Report of the Indian Hemp Drugs Commission, 1894-1895 - Volume V
Year: 1894
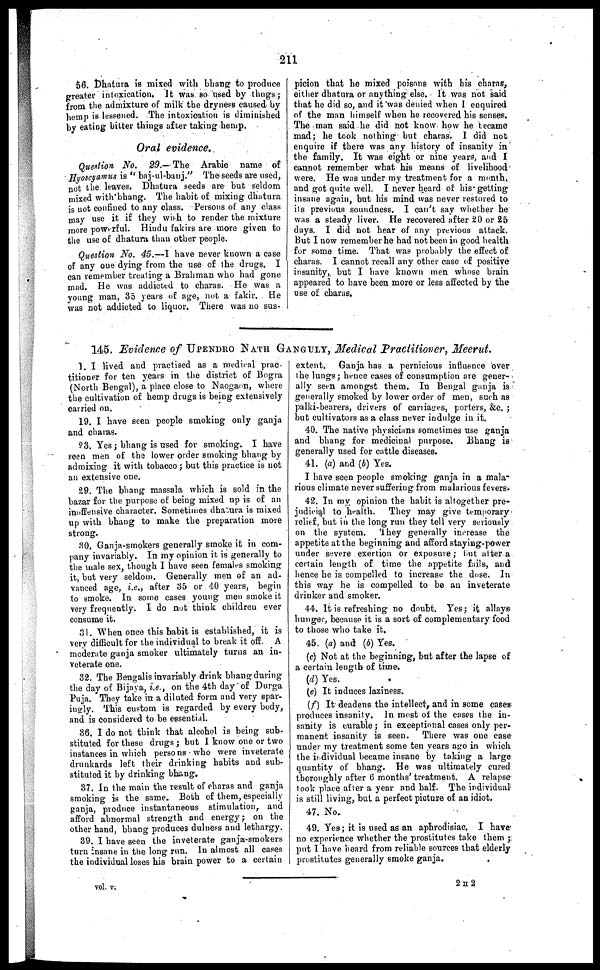
211
56. Dhatura is mixed with bhang to produce
greater intoxication. It was so used by thugs ;
from the admixture of milk the dryness caused by
hemp is lessened. The intoxication is diminished
by eating bitter things after taking hemp.
Oral evidence.
Question No. 29.—The
Arabic name of
Hyoscyamus is "baj-ul-banj." The seeds are used,
not the leaves. Dhatura seeds are but seldom
mixed with bhang. The habit of mixing dhatura
is not confined to any class. Persons of any class
may use it if they wish to render the mixture
more powerful. Hindu fakirs are more given to
the use of dhatura than other people.
Question No. 45.—I have never known a case
of any one dying from the use of the drugs. I
can remember treating a Brahman who had gone
mad. He was addicted to charas. He was a
young man, 35 years of age, not a fakir. He
was not addicted to liquor. There was no sus-
picion that he mixed poisons with his charas,
either dhatura or anything else. It was not said
that he did so, and it was denied when I enquired
of the man himself when he recovered his senses.
The man said he did not know how he became
mad ; he took nothing but charas. I did not
enquire if there was any history of insanity in
the family. It was eight or nine years, and I
cannot remember what his means of livelihood
were. He was under my treatment for a month,
and got quite well. I never heard of his getting
insane again, but his mind was never restored to
its previous soundness. I can't say whether he
was a steady liver. He recovered after 20 or 25
days. I did not hear of any previous attack.
But I now remember he had not been in good health
for some time. That was probably the effect of
charas. I cannot recall any other case of positive
insanity, but I have known men whose brain
appeared to have been more or less affected by the
use of charas.
145. Evidence of UPENDRO NATH GANGULY, Medical Practitioner, Meerut.
1. I lived and practised as a medical prac-
titioner for ten years in the district of Bogra
(North Bengal), a place close to Naogaon, where
the cultivation of hemp drugs is being extensively
carried on.
19. I have seen people smoking only ganja
and charas.
93. Yes ; bhang is used for smoking. I have
seen men of the lower order smoking bhang by
admixing it with tobacco ; but this practice is not
an extensive one.
29. The bhang massala which is sold in the
bazar for the purpose of being mixed up is of an
inoffensive character. Sometimes dhatura is mixed
up with bhang to make the preparation more
strong.
30. Ganja-smokers generally smoke it in com-
pany invariably. In my opinion it is generally to
the male sex, though I have seen females smoking
it, but very seldom. Generally men of an ad-
vanced age, i.e., after 35 or 40 years, begin
to smoke. In some eases young men smoke it
very frequently. I do not think children ever
consume it.
31. When once this habit is established, it is
very difficult for the individual to break it off. A
moderate ganja smoker ultimately turns an in-
veterate one.
32. The Bengalis invariably drink bhang during
the day of Bijaya, i.e., on the 4th day of Durga
Puja. They take in a diluted form and very spar-
ingly. This custom is regarded by every body,
and is considered to be essential.
36. I do not think that alcohol is being sub-
stituted for these drugs ; but I know one or two
instances in which persons who were inveterate
drunkards left their drinking habits and sub-
stituted it by drinking bhang.
37. In the main the result of charas and ganja
smoking is the same. Both of them, especially
ganja, produce instantaneous stimulation, and
afford abnormal strength and energy ; on the
other hand, bhang produces dulness and lethargy.
39. I have seen the inveterate ganja-smokers
turn insane in the long run. In almost all cases
the individual loses his brain power to a certain
extent. Ganja has a pernicious influence over
the lungs; hence cases of consumption are gener-
ally seen amongst them. In Bengal ganja is
generally smoked by lower order of men, such as
palki-bearers, drivers of carriages, porters, &c. ;
but cultivators as a class never indulge in it.
40. The native physicians sometimes use ganja
and bhang for medicinal purpose. Bhang is
generally used for cattle diseases.
41. (a) and (b) Yes.
I have seen people smoking ganja in a mala-
rious climate never suffering from malarious fevers.
42. In my opinion the habit is altogether pre-
judicial to health. They may give temporary
relief, but in the long run they tell very seriously
on the system. They generally increase the
appetite at the beginning and afford staying-power
under severe exertion or exposure ; but after a
certain length of time the appetite fails, and
hence he is compelled to increase the dose. In
this way he is compelled to be an inveterate
drinker and smoker.
44. It is refreshing no doubt. Yes ; it allays
hunger, because it is a sort of complementary food
to those who take it.
45. (a) and (b) Yes.
(c) Not at the beginning, but after the lapse of
a certain length of time.
(d) Yes.
(e) It induces laziness.
(f) It deadens the intellect, and in some cases
produces insanity. In most of the cases the in-
sanity is curable ; in exceptional cases only per-
manent insanity is seen. There was one case
under my treatment some ten years ago in which
the individual became insane by taking a large
quantity of bhang. He was ultimately cured
thoroughly after 6 months' treatment. A relapse
took place after a year and half. The individual
is still living, but a perfect picture of an idiot.
47. No.
49. Yes ; it is used as an aphrodisiac. I have
no experience whether the prostitutes take them ;
put I have heard from reliable sources that elderly
prostitutes generally smoke ganja.
vol. v.
2 H 2